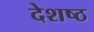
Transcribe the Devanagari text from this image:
देशष्ठ